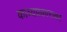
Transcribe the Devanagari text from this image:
काव्यप्रकारावर